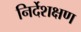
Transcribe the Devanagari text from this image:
निर्देशक्षण